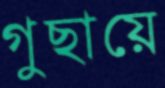
গুছায়ে